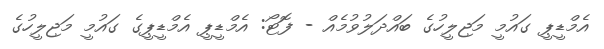
އެމްޑީޕީ ގައުމީ މަޖިލީހުގެ ބައްދަލުވުމެއް - ފޮޓޯ: އެމްޑީޕީ އެމްޑީޕީގެ ގައުމީ މަޖިލީހުގެ